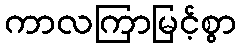
ကာလကြာမြင့်စွာ